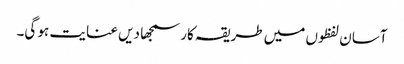
آسان لفظوں میں طریقہ کار سمجھا دیں عنایت ہو گی۔